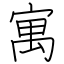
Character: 寓